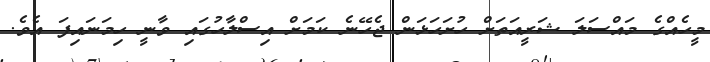
މީހެއްގެ މައްސަލަ ޝަރީއަތަށް ހުށަހަޅަން ޖެހޭނެ ކަމަށް އިސްލާހުގައި ވާނީ ހިމަނައިފަ އެވެ.